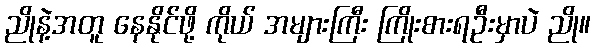
ညိုနဲ့အတူ နေနိုင်ဖို့ ကိုယ် အများကြီး ကြိုးစားရဦးမှာပဲ ညို။